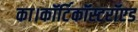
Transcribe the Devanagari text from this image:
का।कॉर्टिकॉस्टरॉएड